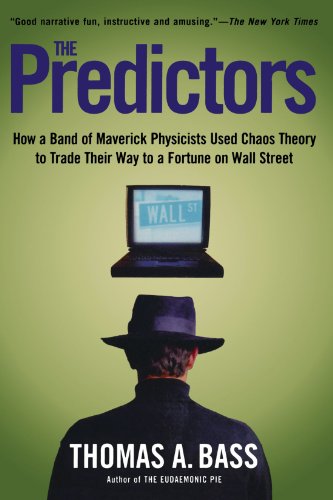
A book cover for The Predictors: How a Band of Maverick Physicists Used Chaos Theory to Trade Their Way to a Fortune on Wall Street; Thomas A. Bass; Science & Math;